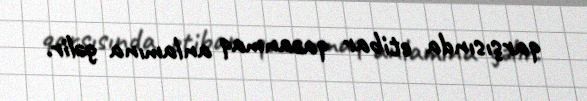
qarşısında etibar qazanmaq anlamına gəlir.